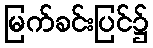
မြက်ခင်းပြင်၌